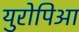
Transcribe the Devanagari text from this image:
युरोपिआ